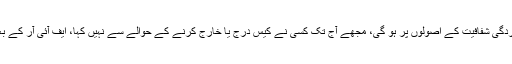
انہوں نے کہا کہ نیب کی تفتیش اور کارکردگی شفافیت کے اصولوں پر ہو گی، مجھے آج تک کسی نے کیس درج یا خارج کرنے کے حوالے سے نہیں کہا، ایف آئی آر کے بعد گیند نیب کی کورٹ سے نکل جاتی ہے۔